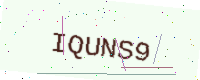
Text: IQUNS9